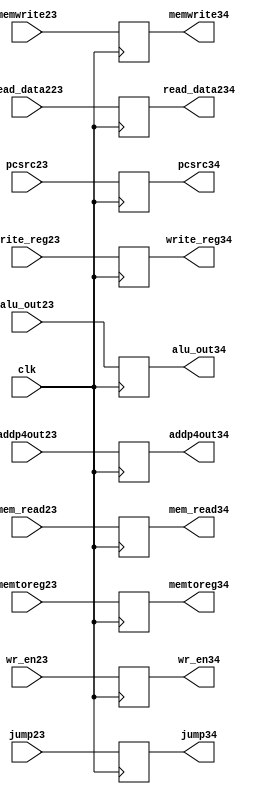
`timescale 1ns / 1ps
//////////////////////////////////////////////////////////////////////////////////
// Company: 
// Engineer: 
// 
// Design Name: 
// Module Name: dflipflop34
// Project Name: 
// Target Devices: 
// Tool Versions: 
// Description: 
// 
// Dependencies: 
// 
// Revision:
// Revision 0.01 - File Created
// Additional Comments:
// 
//////////////////////////////////////////////////////////////////////////////////


module dflipflop34(addp4out23, alu_out34, read_data234, write_reg34, memwrite34, mem_read34, wr_en34, memtoreg34, jump34, pcsrc34,

                   addp4out34, alu_out23, read_data223, write_reg23, memwrite23, mem_read23, wr_en23, memtoreg23, jump23, pcsrc23, clk);
                  
output reg [31:0]addp4out34, alu_out34, read_data234;

output reg [4:0]write_reg34;

output reg memwrite34, mem_read34, wr_en34, memtoreg34, jump34, pcsrc34;

input [31:0]addp4out23, alu_out23, read_data223;

input [4:0]write_reg23;

  input memwrite23, mem_read23, wr_en23, memtoreg23, jump23, pcsrc23, clk;
  
 always@(posedge clk)
 
 begin
 addp4out34<=addp4out23;
 alu_out34<=alu_out23;
 read_data234<=read_data223;
 write_reg34<=write_reg23;
 memwrite34<=memwrite23;
 mem_read34<=mem_read23;
 wr_en34<=wr_en23;
 memtoreg34<=memtoreg23;
 jump34<=jump23;   
 pcsrc34<=pcsrc23;            
end
endmodule